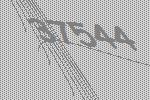
37544